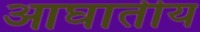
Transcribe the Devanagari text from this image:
आघातीय